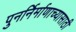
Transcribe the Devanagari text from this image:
पुनर्निर्माणाच्यासाठी